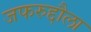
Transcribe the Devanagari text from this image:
जफरुद्दौला